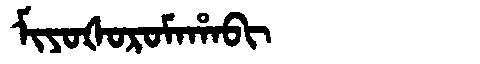
Manchu: ᠮᡳᠶᠣᡧᠣᡵᠣᠮᠠᡥᠠᠪᡳ
Romanization: MIYOŠOROMAHABI